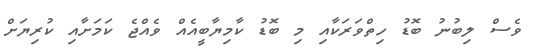
ވެސް ލިބުނު ބޮޑު ހިތްވަރަކާއި މި ބޮޑު ކާމިޔާބީއެއް ވެއްޖެ ކަމަށާއި ކުރިޔަށް